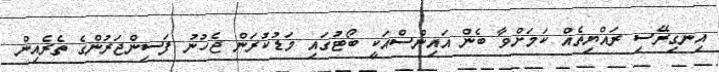
އިނގިރޭސި ރައްޔިތެއް ކަމަށްވާ ބެން އައިންސްއަކީ ބޯޓުގައި މަޑުކުރަން ޖެހުނު ފަސިންޖަރުންގެ ތެރެއިން